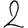
Digit: 2